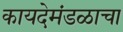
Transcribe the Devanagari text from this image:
कायदेमंडळाचा